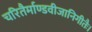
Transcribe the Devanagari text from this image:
चरितैर्माण्डवीजानिगीतैः।